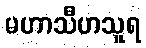
မဟာသီဟသူရ